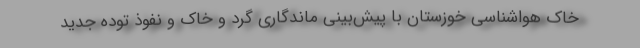
خاک هواشناسی خوزستان با پیش‌بینی ماندگاری گرد و خاک و نفوذ توده جدید